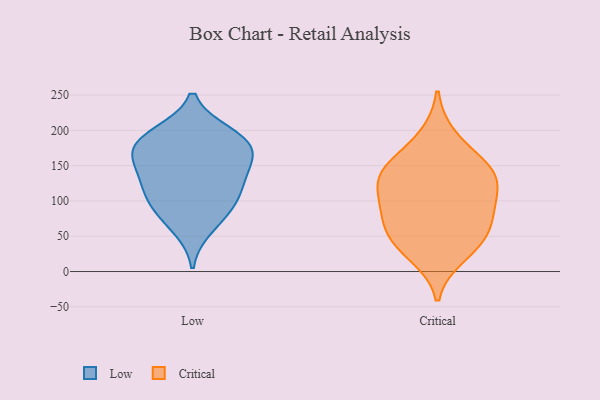
{"axis": {"x": "Website Visitors", "y": "Value"}, "legend": ["Critical", "Low"], "data": [{"x": "", "y": 120, "type": "Low"}, {"x": "", "y": 180, "type": "Low"}, {"x": "", "y": 125, "type": "Low"}, {"x": "", "y": 106, "type": "Low"}, {"x": "", "y": 183, "type": "Low"}, {"x": "", "y": 91, "type": "Low"}, {"x": "", "y": 60, "type": "Low"}, {"x": "", "y": 84, "type": "Low"}, {"x": "", "y": 164, "type": "Low"}, {"x": "", "y": 197, "type": "Low"}, {"x": "", "y": 164, "type": "Low"}, {"x": "", "y": 138, "type": "Low"}, {"x": "", "y": 159, "type": "Low"}, {"x": "", "y": 197, "type": "Low"}, {"x": "", "y": 42, "type": "Critical"}, {"x": "", "y": 23, "type": "Critical"}, {"x": "", "y": 191, "type": "Critical"}, {"x": "", "y": 103, "type": "Critical"}, {"x": "", "y": 62, "type": "Critical"}, {"x": "", "y": 119, "type": "Critical"}, {"x": "", "y": 132, "type": "Critical"}, {"x": "", "y": 84, "type": "Critical"}, {"x": "", "y": 150, "type": "Critical"}, {"x": "", "y": 145, "type": "Critical"}, {"x": "", "y": 82, "type": "Critical"}, {"x": "", "y": 44, "type": "Critical"}, {"x": "", "y": 143, "type": "Critical"}]}